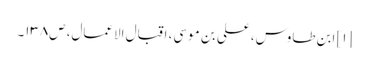
[۱] ابن طاوس، علی بن موسی، اقبال الاعمال، ص۱۳۸۔